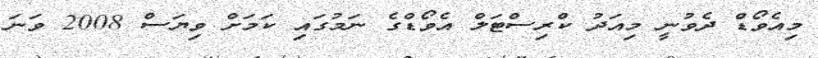
މިއެވޯޑް ދެވުނީ މިއަދު ކްރިސްޓަލް އެވޯޑްގެ ނަމުގައި ކަމަށް ވިޔަސް 2008 ވަނަ